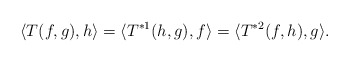
\begin{align*}\langle T(f, g), h\rangle=\langle T^{*1}(h, g), f\rangle=\langle T^{*2}(f, h), g\rangle.\end{align*}